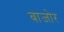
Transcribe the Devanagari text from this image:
बाजोर